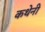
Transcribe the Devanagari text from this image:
कथेनी